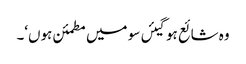
وہ شائع ہوگیئں سو میں مطمئن ہوں‘۔